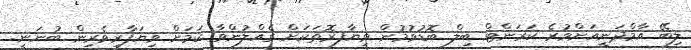
ލިބޭ އާމްދަނީއަށްވުރެ ކަރަންޓް ބިލް ބޮޑުވުމުން ވިޔާފރޮތަކަށް ގެއްލުންވާ ކަމަށް ވިޔަފާރިވެރިން ބުނަނީ.